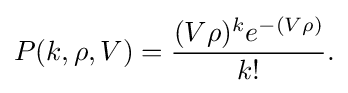
P(k,\rho ,V)={\frac {(V\rho )^{k}e^{-(V\rho )}}{k!}}.\,\!